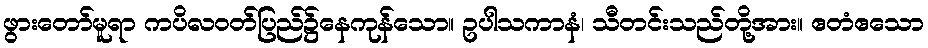
ဖွားတော်မူရာ ကပိလဝတ်ပြည်၌နေကုန်သော။ ဥပါသကာနံ၊ သီတင်းသည်တို့အား။ ဧတံဧသော